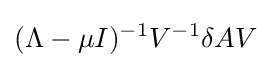
(\Lambda -\mu I)^{-1}V^{-1}\delta AV